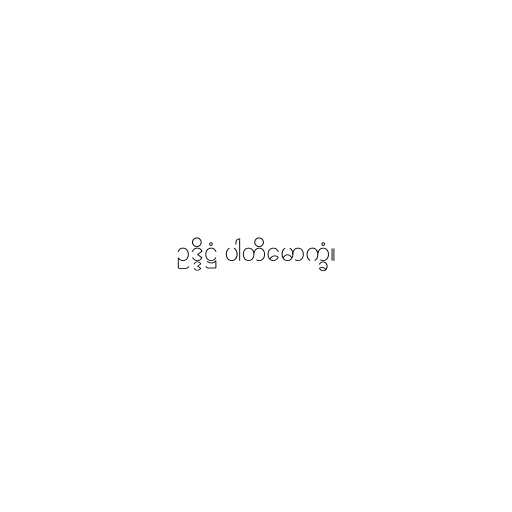
ဥဒ္ဒိဋ္ဌံ ပါတိမောက္ခံ။